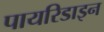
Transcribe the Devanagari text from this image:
पायरिडाइन